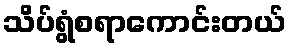
သိပ်ရွံစရာကောင်းတယ်